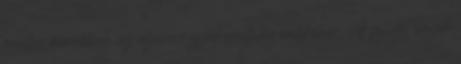
pontos menetében, az azonos gyakoroltatás érdekében. A fejlıdés egyik